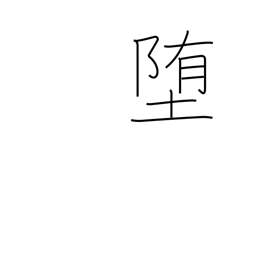
Meaning: lapse into